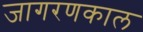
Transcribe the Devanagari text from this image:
जागरणकाल